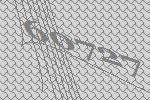
60727